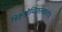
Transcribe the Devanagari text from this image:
त्रिकश्रोणिफलकशोथ